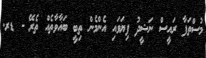
މުސްތަފާ ރައީސް ނަޝީދު ފިޔަވައި އެންމެން ތިބީ ބަޣާވާތެއް ތެރޭ - ޑރ.